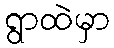
ရွာထဲမှာ